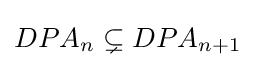
DPA_{n}\subsetneq DPA_{n+1}